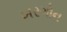
ખરગોન